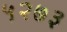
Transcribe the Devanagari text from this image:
५२७३